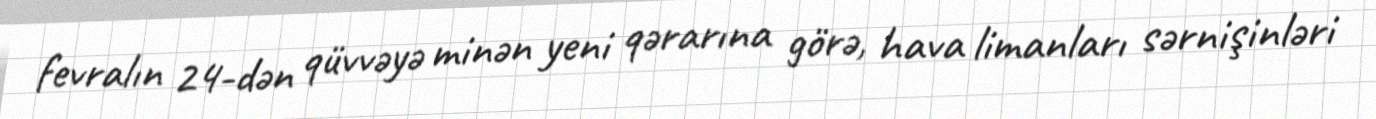
fevralın 24-dən qüvvəyə minən yeni qərarına görə, hava limanları sərnişinləri